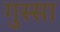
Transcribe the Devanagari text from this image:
गुस्‍सा